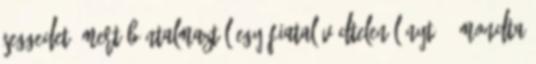
seggedet, mert bántalmaztál egy fiatal védtelen lányt. – mondta